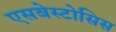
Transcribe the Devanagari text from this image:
एसबेस्टोसिस